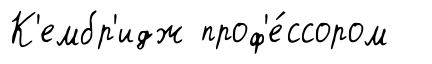
К'ембр'идж проф'е́ссором